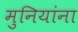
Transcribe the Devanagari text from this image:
मुनियांना